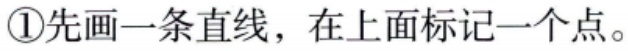
\textcircled{1}先画一条直线，在上面标记一个点。